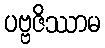
ပဗ္ဗဇိဿာမ